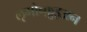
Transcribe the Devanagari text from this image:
ऌगोन्क़ुइअन